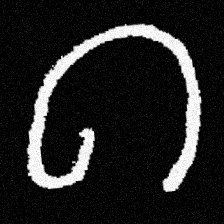
Pyu character \u2014 Myanmar letter: ဂ (romanized: ga)